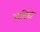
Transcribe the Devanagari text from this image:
अदिघे